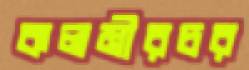
কলমীরচর